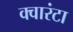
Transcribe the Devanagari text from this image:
क्वारंटा